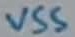
Text: VSS